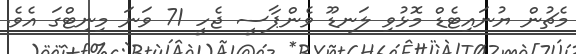
މެޗުން ޔުނައިޓެޑް މޮޅުވި ލަނޑޫ ވެންޕާސީ ޖެހީ 71 ވަނަ މިނިޓްގަ އެވެ.